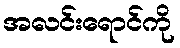
အလင်းရောင်ကို